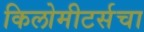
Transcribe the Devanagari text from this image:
किलोमीटर्सचा